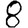
Digit: 8